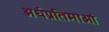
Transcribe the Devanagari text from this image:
अर्धप्रतिमाओं